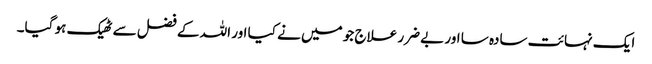
ایک نہائت سادہ سا اور بے ضرر علاج جو میں نے کیا اور اللہ کے فضل سے ٹھیک ہو گیا۔